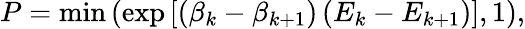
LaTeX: P=\mathrm{min}\left(\exp\left[\left(\beta_{k}-\beta_{k+1}\right)\left(E_{k}-E_{k+1}\right)\right],1\right),